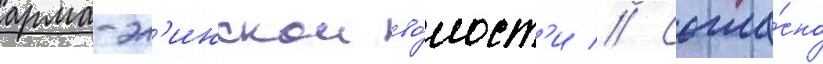
арма-эл'инскои во́лост'и // Согла́сно